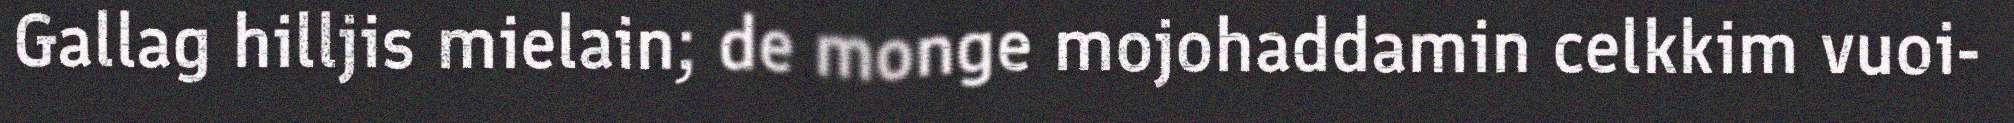
Gallag hilljis mielain; de monge mojohaddamin celkkim vuoi-